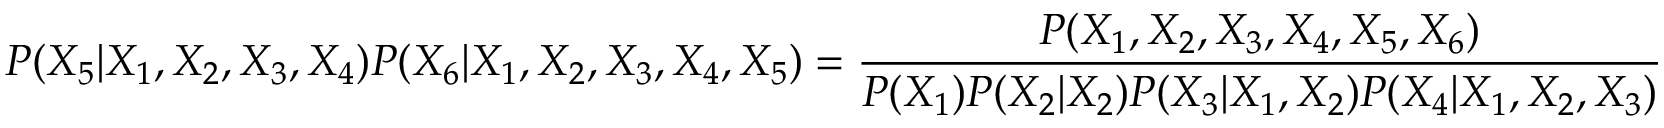
P ( X _ { 5 } | X _ { 1 } , X _ { 2 } , X _ { 3 } , X _ { 4 } ) P ( X _ { 6 } | X _ { 1 } , X _ { 2 } , X _ { 3 } , X _ { 4 } , X _ { 5 } ) = \frac { P ( X _ { 1 } , X _ { 2 } , X _ { 3 } , X _ { 4 } , X _ { 5 } , X _ { 6 } ) } { P ( X _ { 1 } ) P ( X _ { 2 } | X _ { 2 } ) P ( X _ { 3 } | X _ { 1 } , X _ { 2 } ) P ( X _ { 4 } | X _ { 1 } , X _ { 2 } , X _ { 3 } ) }